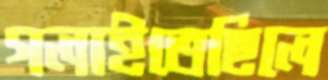
গলাইতেছিলে